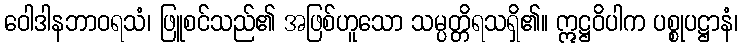
ဝေါဒါနဘာဝရသံ၊ ဖြူစင်သည်၏ အဖြစ်ဟူသော သမ္ပတ္တိရသရှိ၏။ ဣဋ္ဌဝိပါက ပစ္စုပဋ္ဌာနံ၊